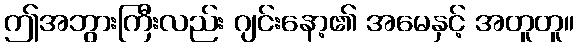
ဤအဘွားကြီးလည်း ဂျင်းနော့၏ အမေနှင့် အတူတူ။